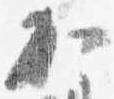
加